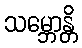
သမ္ဘောန္တိ